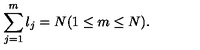
\sum _ { j = 1 } ^ { m } l _ { j } = N ( 1 \leq m \leq N ) .